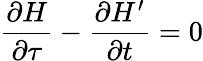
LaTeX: \frac{\partial H}{\partial\tau}-\frac{\partial H^{\prime}}{\partial t}=0